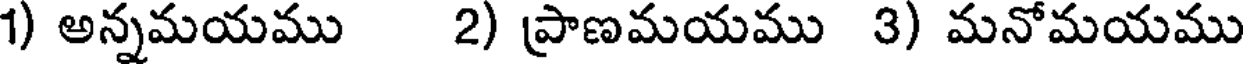
1) అన్నమయము 2) ప్రాణమయము 3) మనోమయము